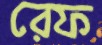
রেফ